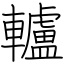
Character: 轤